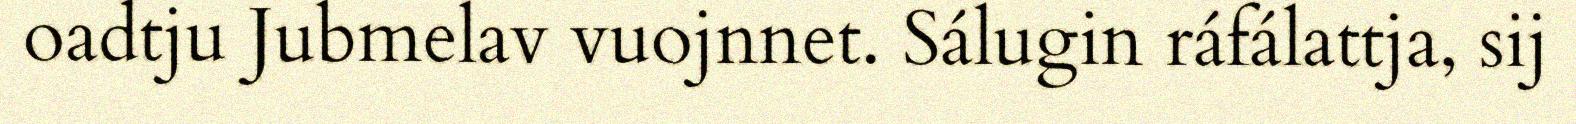
oadtju Jubmelav vuojnnet. Sálugin ráfálattja, sij